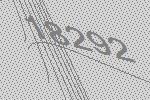
18292